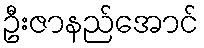
ဦးဇာနည်အောင်